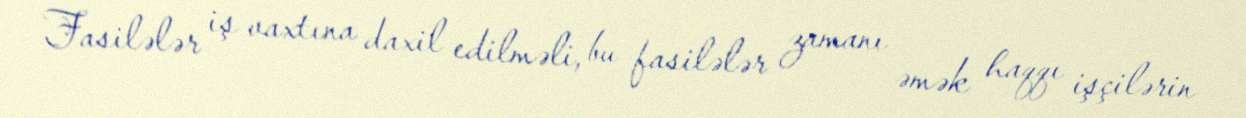
Fasilələr iş vaxtına daxil edilməli, bu fasilələr zamanı əmək haqqı işçilərin